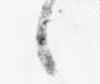
候